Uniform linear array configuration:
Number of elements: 4
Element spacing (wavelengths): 0.25
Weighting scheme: cosine
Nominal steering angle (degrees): -15
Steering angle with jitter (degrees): -13.32
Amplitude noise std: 0.05
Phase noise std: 0.05

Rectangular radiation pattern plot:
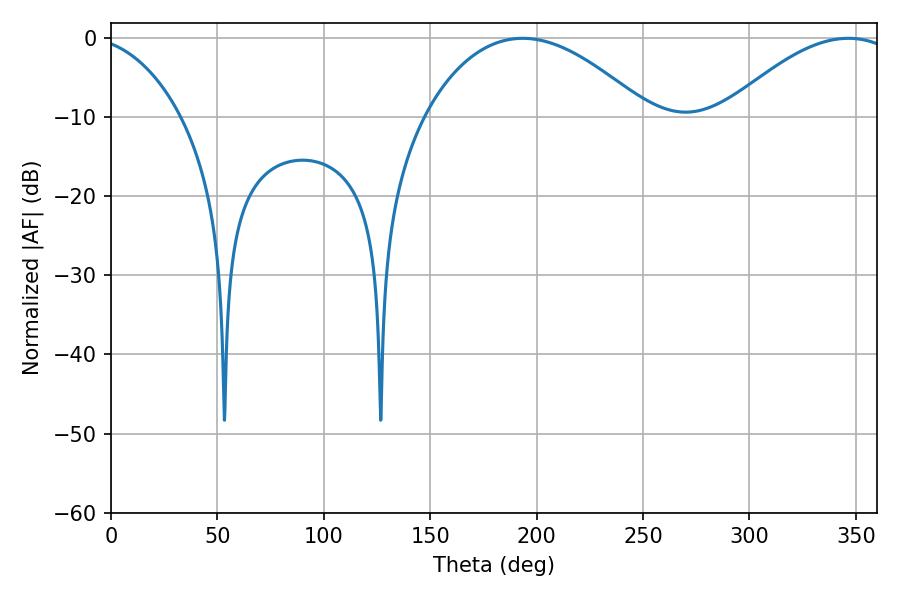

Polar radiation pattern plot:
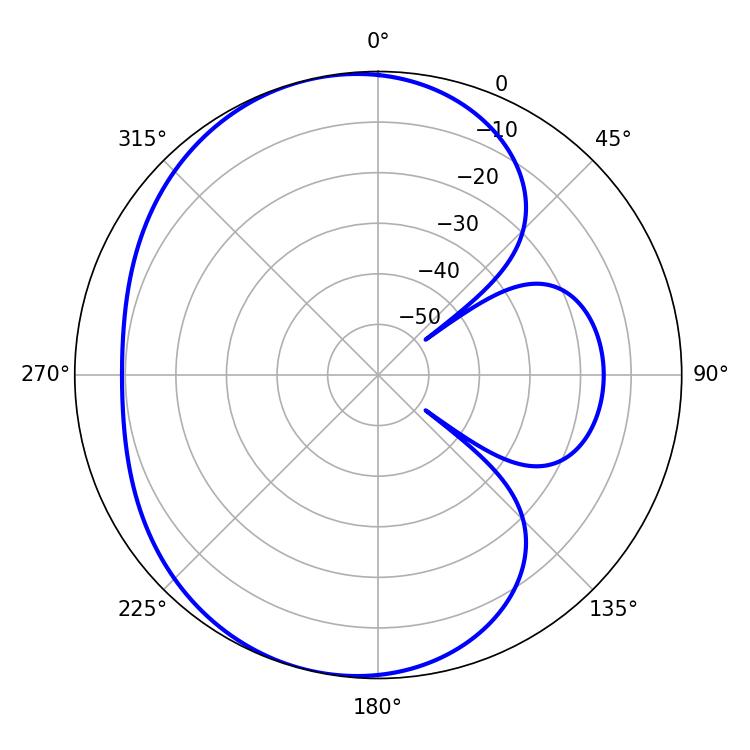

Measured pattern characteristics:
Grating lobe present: FALSE
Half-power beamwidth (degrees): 58.32
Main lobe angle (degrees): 193.5